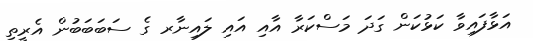
އަޅާފައިވާ ކަޅުކަން ގަދަ މަސްކަރާ އާއި އައި ލައިނާރ ގެ ސަބަބަބުން އެރީތި